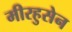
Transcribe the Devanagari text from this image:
मीरहुसेन